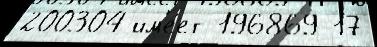
200304 им'е́ет 196869 17